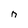
Character: n